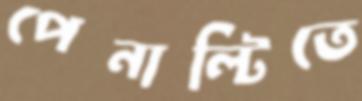
পেনাল্টিতে